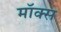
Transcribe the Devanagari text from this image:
मॉक्स